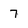
Character: 7